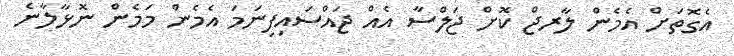
އެގޮތަށް އެމެން ލާރޖް ކޮށް ޖަލްސާ އެއް ޖައްސައިފިނަމަ އެމެން މަމެން ނޮޅާލާނެ